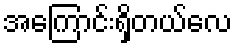
အကြောင်းရှိတယ်လေ